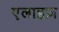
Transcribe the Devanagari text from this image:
एलाइज़